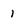
Character: 1